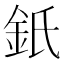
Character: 𨥌